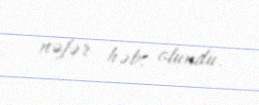
nəfər həbs olundu.